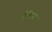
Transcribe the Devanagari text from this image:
हैरियर